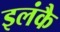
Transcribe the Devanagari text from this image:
इलंकै